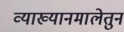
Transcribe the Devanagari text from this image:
व्याख्यानमालेतुन